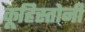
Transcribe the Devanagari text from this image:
कूहिस्तोनी